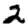
Digit: 2